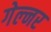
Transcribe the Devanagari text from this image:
गेल्नर